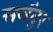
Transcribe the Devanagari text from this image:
सर्वदुर